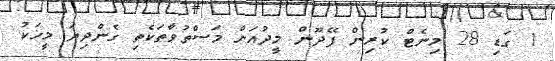
1 ގަޑި 28 މިނެޓް ކުރިން ފޭދޫން މީދުއަށް މަސްތުވާތަކެތި ގެންދިޔަ މީހަކު